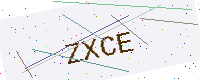
Text: ZXCE